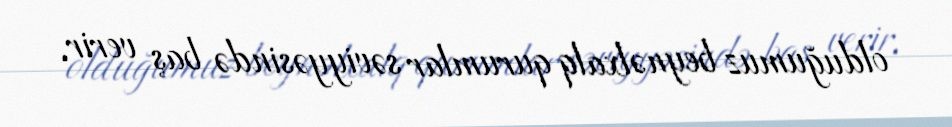
olduğumuz beynəlxalq qurumlar səviyyəsində baş verir.